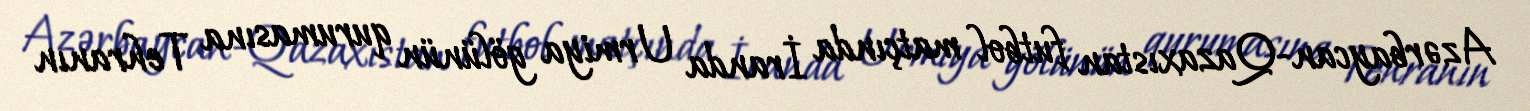
Azərbaycan-Qazaxıstan futbol matçında İranda Urmiya gölünün qurumasına Tehranın